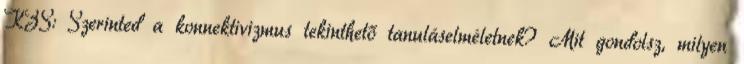
KZS: Szerinted a konnektivizmus tekinthető tanuláselméletnek? Mit gondolsz, milyen